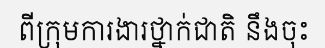
ពីក្រុមការងារថ្នាក់ជាតិ នឹងចុះ